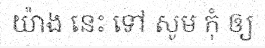
យ៉ាង នេះ ទៅ សូម កុំ ឲ្យ